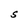
Character: S